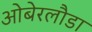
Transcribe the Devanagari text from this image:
ओबेरलौडा